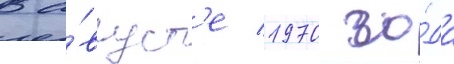
В а́вгуст'е 1970 го́да